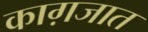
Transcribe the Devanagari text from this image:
काग़जात